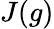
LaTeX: J(g)